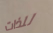
للذات